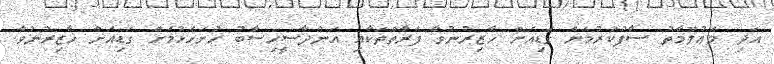
އަދި މަޢުލޫމާތު ސާފުކުރުމަށް ގަޑިއަށް ހާޒިރުނުވާ ފަރާތްތަކާއި އަންދާސީހިސާބު ހުށަހެޅުމަށް ގަޑިއަށް ހާޒިރުނުވާ